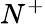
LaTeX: N^{+}